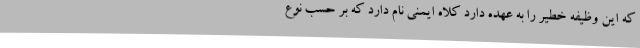
که این وظیفه خطیر را به عهده دارد کلاه ایمنی نام دارد که بر حسب نوع